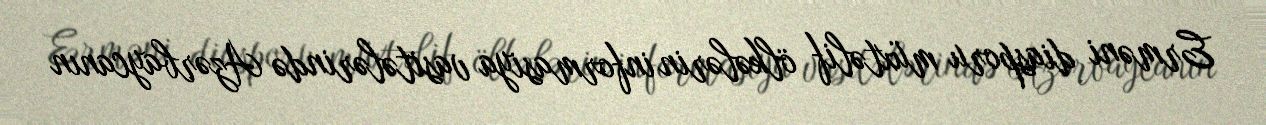
Erməni diasporu müxtəlif ölkələrin informasiya vasitələrində Azərbaycanın